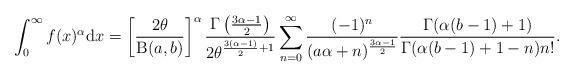
LaTeX: \begin{align*}\int^\infty_0 f(x)^\alpha \mathrm{d}x=\left[\frac{2\theta}{\operatorname{B}(a,b)}\right]^\alpha\frac{\Gamma\left( \frac{3\alpha-1}{2}\right)}{2\theta^{\frac{3(\alpha-1)}{2}+1}}\sum^\infty_{n=0}\frac{(-1)^n}{(a\alpha+n)^{\frac{3\alpha-1}{2}}}\frac{\Gamma(\alpha(b-1)+1)}{\Gamma(\alpha(b-1)+1-n)n!}.\end{align*}